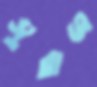
সুরাজ